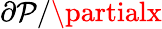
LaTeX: \partial\mathcal{P}/\partialx